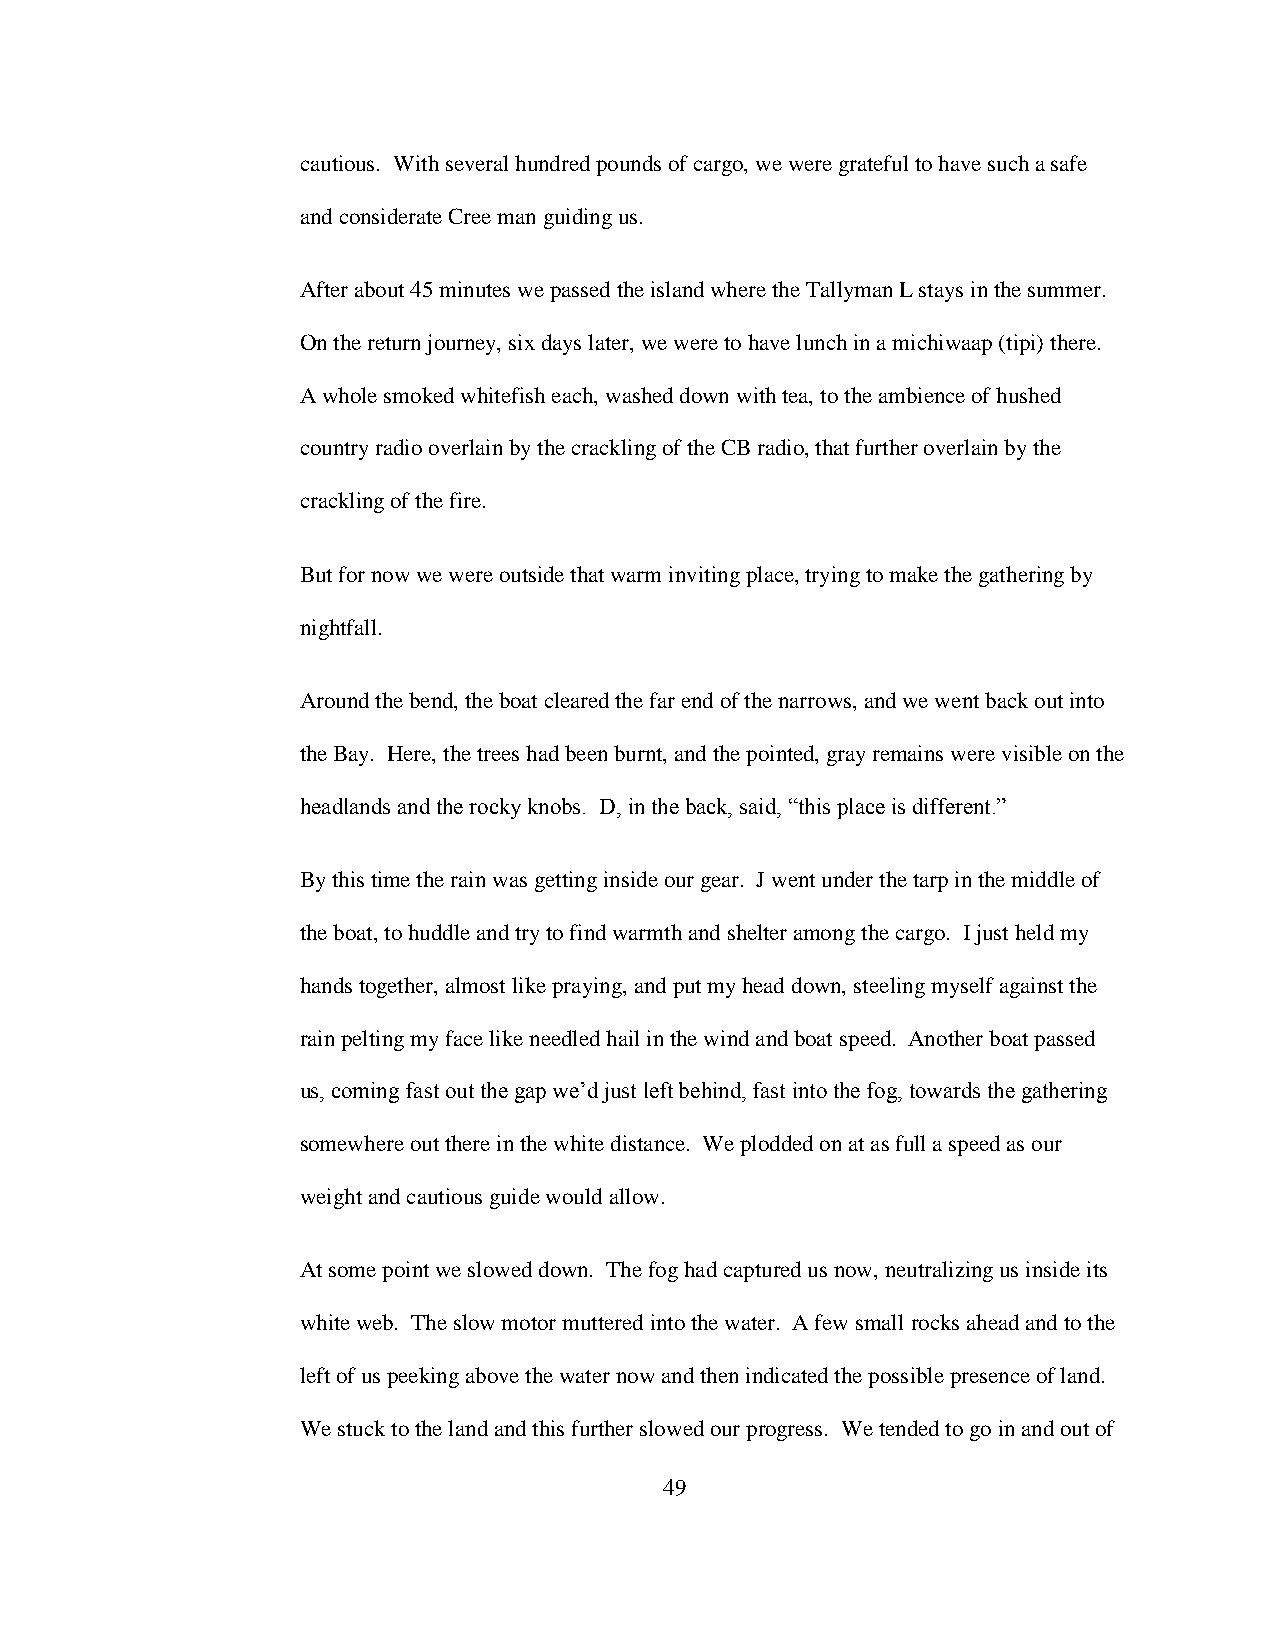
cautious. With several hundred pounds of cargo, we were grateful to have such a safe
 and considerate Cree man guiding us.
 After about 45 minutes we passed the island where the Tallyman L stays in the summer.
 On the return journey, six days later, we were to have lunch in a michiwaap (tipi) there.
 A whole smoked whitefish each, washed down with tea, to the ambience of hushed
 country radio overlain by the crackling of the CB radio, that further overlain by the
 crackling of the fire.
 But for now we were outside that warm inviting place, trying to make the gathering by
 nightfall.
 Around the bend, the boat cleared the far end of the narrows, and we went back out into
 the Bay. Here, the trees had been burnt, and the pointed, gray remains were visible on the
 headlands and the rocky knobs. D, in the back, said, “this place is different.”
 By this time the rain was getting inside our gear. J went under the tarp in the middle of
 the boat, to huddle and try to find warmth and shelter among the cargo. I just held my
 hands together, almost like praying, and put my head down, steeling myself against the
 rain pelting my face like needled hail in the wind and boat speed. Another boat passed
 us, coming fast out the gap we‟d just left behind, fast into the fog, towards the gathering
 somewhere out there in the white distance. We plodded on at as full a speed as our
 weight and cautious guide would allow.
 At some point we slowed down. The fog had captured us now, neutralizing us inside its
 white web. The slow motor muttered into the water. A few small rocks ahead and to the
 left of us peeking above the water now and then indicated the possible presence of land.
 We stuck to the land and this further slowed our progress. We tended to go in and out of
 49